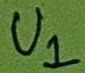
Text: U1